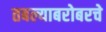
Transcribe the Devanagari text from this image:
तबल्याबरोबरचे